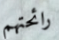
رائحتهم